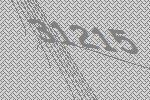
31215